Vaccination in Burma 1889-1999 - 1889-1999
Year: 1889
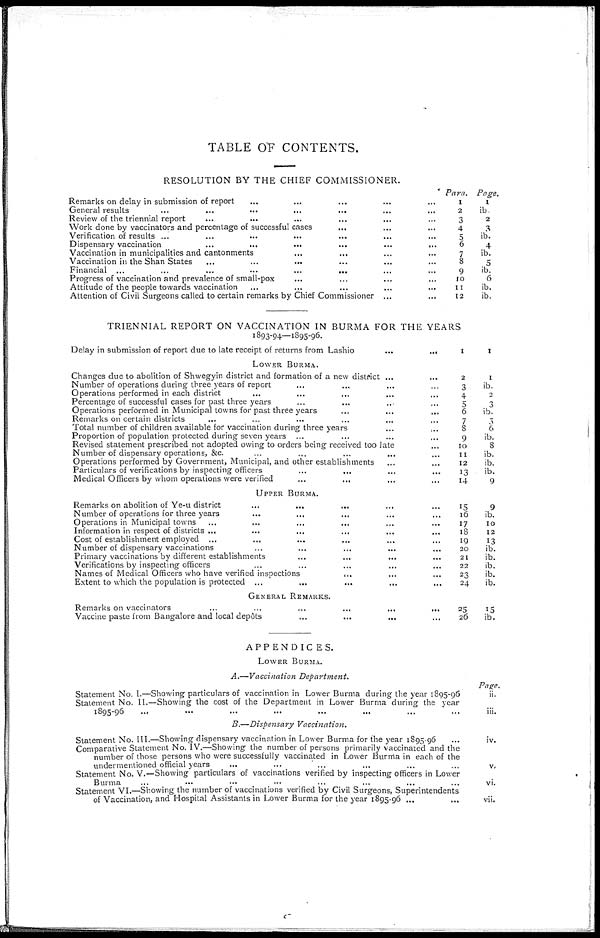
TABLE OF CONTENTS.
RESOLUTION BY THE CHIEF COMMISSIONER.
Remarks on delay in submission of report ... ... ... ... ...
General results ... ... ... ... ... ... ...
Review of the triennial report ... ... ... ... ... ...
Work done by vaccinators and percentage of successful cases
... ... ...
Verification of results ... ... ... ... ... ... ...
Dispensary vaccination
...
...
...
...
...
...
Vaccination in municipalities and cantonments ... ... ... ...
Vaccination in the Shan States ... ... ... ... ... ...
Financial ...
...
...
...
...
... ... ...
Progress of vaccination and prevalence of small-pox
... ... ... ...
Attitude of the people towards vaccination ... ... ... ... ...
Attention of Civil Surgeons called to certain remarks by Chief Commissioner ...
...
Para.
1
2
3
4
5
6
7
8
9
10
11
12
Page.
1
ib.
2
3
ib.
4
ib.
5
ib.
6
ib.
ib.
TRIENNIAL REPORT ON VACCINATION IN BURMA FOR THE YEARS
1893-94—1895-96.
Delay in submission of report due to late receipt of returns from Lashio
...
...
1
1
LOWER BURMA.
Changes due to abolition of Shwegyin district and formation of a new district ... ...
Number of operations during three years of report ... ... ... ...
Operations performed in each district ... ... ... ... ...
Percentage of successful cases for past three years ... ... ... ...
Operations performed in Municipal towns for past three years
...
...
...
Remarks on certain districts
...
...
...
...
...
Total number of children available for vaccination during three years
...
...
Proportion of population protected during seven years ... ... ... ...
Revised statement prescribed not adopted owing to orders being received too late
...
Number of dispensary operations, &c.
...
...
...
... ...
Operations performed by Government, Municipal, and other establishments ... ...
Particulars of verifications by inspecting officers
...
... ... ...
Medical Officers by whom operations were verified
...
... ... ...
2
3
4
5
6
7
8
9
10
11
12
13
14
1
ib.
2
3
ib.
5
6
ib.
8
ib.
ib.
ib.
9
UPPER BURMA.
Remarks on abolition of Ye-u district
...
...
...
... ...
Number of operations for three years
...
...
... ... ...
Operations in Municipal towns ...
...
...
... ... ...
Information in respect of districts ...
...
...
...
... ...
Cost of establishment employed ... ... ... ... ...
Number of dispensary vaccinations ... ... ... ... ...
Primary vaccinations by different establishments
...
...
... ... ...
Verifications by inspecting officers
...
...
...
... ...
Names of Medical Officers who have verified inspections
...
... ...
Extent to which the population is protected ...
...
...
...
...
15
16
17
18
19
20
21
22
23
24
9
ib.
10
12
13
ib.
ib.
ib.
ib.
ib.
GENERAL REMARKS.
Remarks on vaccinators
...
...
...
...
...
...
Vaccine paste from Bangalore and local depôts ... ... ... ...
25
26
15
ib.
APPENDICES.
LOWER BURMA.
A.—Vaccination Department.
Statement No. I.—Showing particulars of vaccination in Lower Burma during the year 1895-96
Statement No. II.—Showing the cost of the Department in Lower Burma during the year
1895-96 ... ... ... ... ... ... ... ...
Page.
ii.
iii.
B.—Dispensary Vaccination.
Statement No. III.—Showing dispensary vaccination in Lower Burma for the year 1895-96 ...
Comparative Statement No. IV.—Showing the number of persons primarily vaccinated and the
number of those persons who were successfully vaccinated in Lower Burma in each of the
undermentioned official years
...
...
...
Statement No. V.—Showing particulars of vaccinations verified by inspecting officers in Lower
Burma ... ... ... ... ... ... ...
Statement VI.—Showing the number of vaccinations verified by Civil Surgeons, Superintendents
of Vaccination, and Hospital Assistants in Lower Burma for the year 1895-96 ...
iv.
v.
vi.
vii.